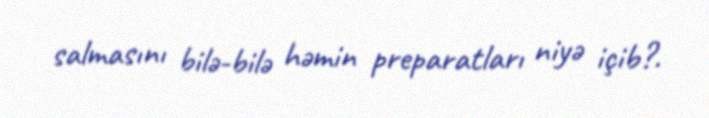
salmasını bilə-bilə həmin preparatları niyə içib?.